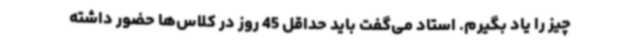
چیز را یاد بگیرم. استاد می‌گفت باید حداقل 45 روز در کلاس‌ها حضور داشته